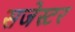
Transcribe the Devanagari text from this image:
सजेस्टर